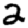
Digit: 2